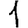
Digit: 1